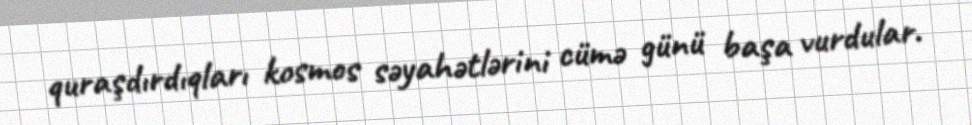
quraşdırdıqları kosmos səyahətlərini cümə günü başa vurdular.